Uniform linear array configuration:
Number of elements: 12
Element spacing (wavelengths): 1
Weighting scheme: exponential
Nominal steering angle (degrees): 0
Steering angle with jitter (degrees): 1.055
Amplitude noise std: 0.05
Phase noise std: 0.05

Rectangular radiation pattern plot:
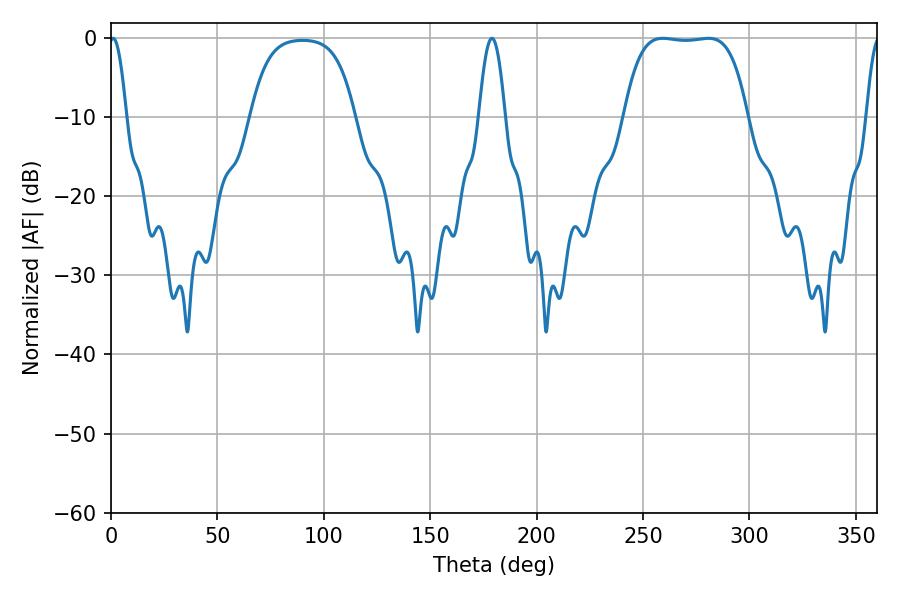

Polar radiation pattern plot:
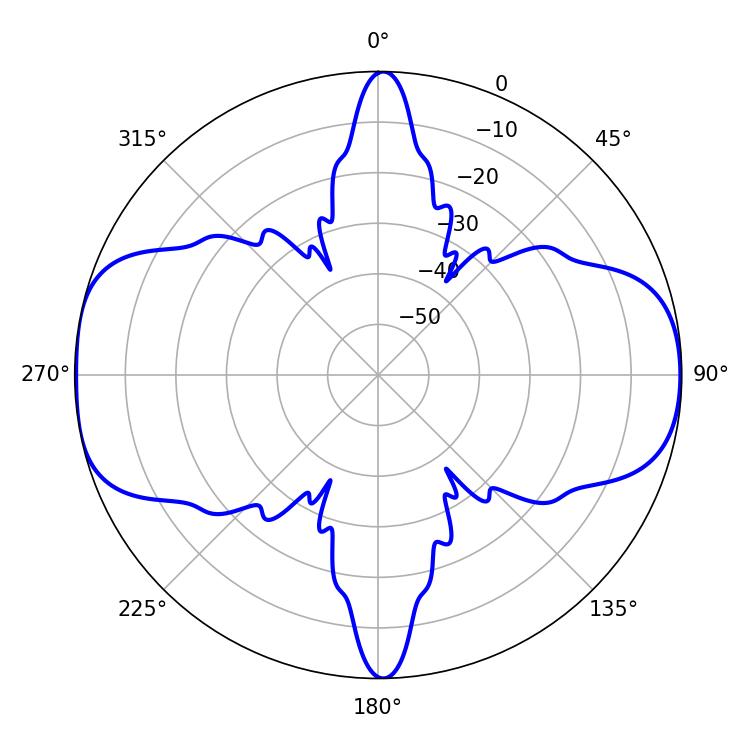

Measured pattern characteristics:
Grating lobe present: TRUE
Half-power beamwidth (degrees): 45
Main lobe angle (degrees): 259.38